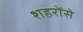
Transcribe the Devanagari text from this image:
शहरोंसे